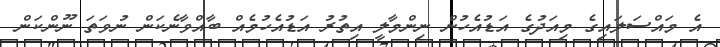
އެ މައްސަލައިގެ މިއަދުގެ އަޑުއެހުން ނިންމާލީ އިތުރު އަޑުއެހުމެއް ބާއްވާނެކަން ނުވަތަ ނޫންކަން